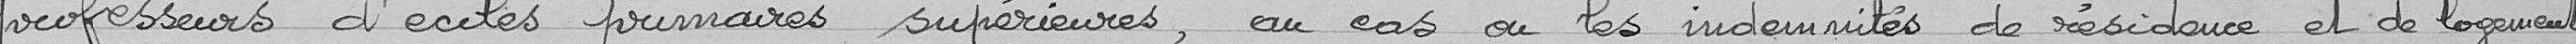
professeurs d'écoles primaires supérieures, au cas où les indemnités de résidence et de logement